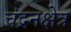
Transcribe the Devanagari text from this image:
चंद्रनक्षेत्र